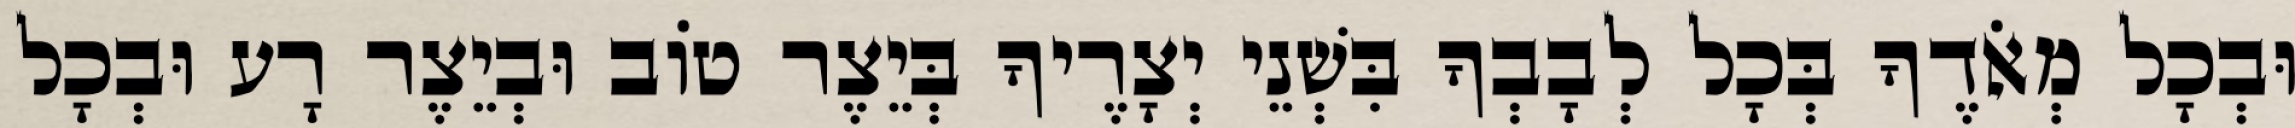
וּבְכָל מְאֹדֶךָ בְּכָל לְבָבְךָ בִּשְׁנֵי יְצָרֶיךָ בְּיֵצֶר טוֹב וּבְיֵצֶר רָע וּבְכָל